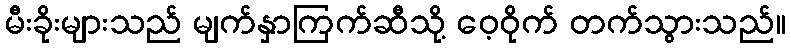
မီးခိုးများသည် မျက်နှာကြက်ဆီသို့ ဝေ့ဝိုက် တက်သွားသည်။